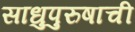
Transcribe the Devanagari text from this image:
साधुपुरुषाची